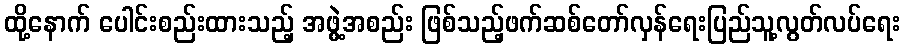
ထို့နောက် ပေါင်းစည်းထားသည့် အဖွဲ့အစည်း ဖြစ်သည့်ဖက်ဆစ်တော်လှန်ရေးပြည်သူ့လွတ်လပ်ရေး